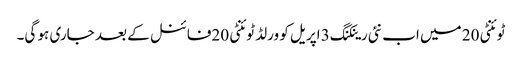
ٹوئنٹی 20 میں اب نئی رینکنگ 3 اپریل کو ورلڈ ٹوئنٹی 20فائنل کے بعد جاری ہو گی۔